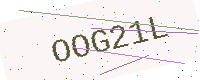
Text: OOG21L